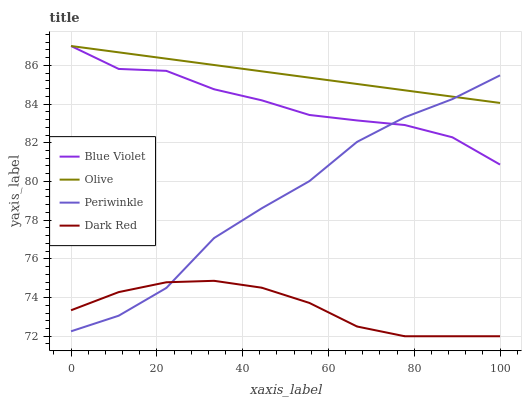
| xaxis_label | Blue Violet | Olive | Periwinkle | Dark Red |
 | --- | --- | --- | --- | --- |
 | 0 | 87 | 87 | 72.3 | 73.3 |
 | 11.1 | 85.8 | 86.7 | 73.1 | 74.3 |
 | 22.2 | 85.7 | 86.3 | 74.5 | 74.8 |
 | 33.3 | 84.8 | 86 | 77.1 | 74.9 |
 | 44.4 | 84.2 | 85.7 | 78.6 | 74.5 |
 | 55.6 | 83.4 | 85.4 | 80 | 73.7 |
 | 66.7 | 83.2 | 85 | 82 | 72.5 |
 | 77.8 | 82.9 | 84.7 | 83.3 | 72 |
 | 88.9 | 82.3 | 84.4 | 84.3 | 72 |
 | 100 | 80.9 | 84.1 | 85.5 | 72 |